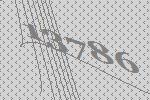
13786